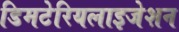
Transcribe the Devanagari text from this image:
डिमटेरियलाइजेशन